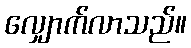
လျှောက်လာသည်။